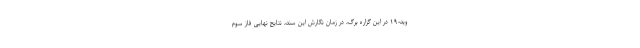
وید-۱۹ در این گزاره برگ، در زمان نگارش این سند، نتایج نهایی فاز سوم